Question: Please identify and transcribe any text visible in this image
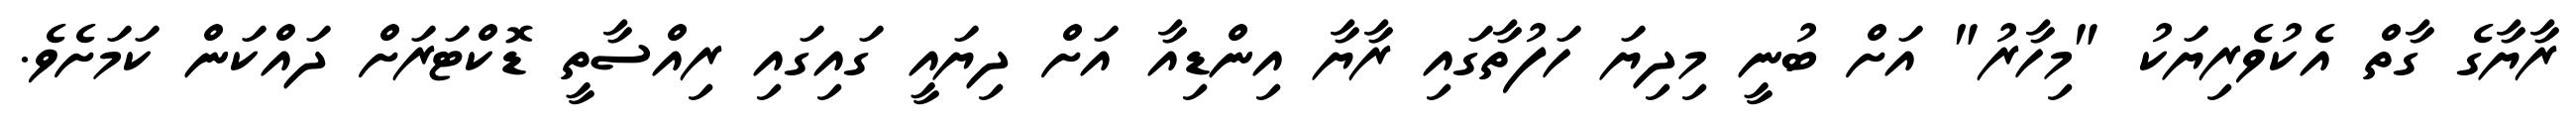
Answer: ރާޔާގެ ގާތް އެކުވެރިޔަކު "މިހާރު" އަށް ބުނީ މިދިޔަ ހަފުތާގައި ރާޔާ އިންޑިއާ އަށް ދިޔައީ ގައިގައި ރިއްސާތީ ޑޮކްޓަރަށް ދައްކަން ކަމަށެވެ.